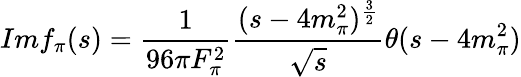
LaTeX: Imf_{\pi}(s)={\frac{1}{96\pi F_{\pi}^{2}}}{\frac{(s-4m_{\pi}^{2})^{\frac{3}{2}}}{\sqrt{s}}}\theta(s-4m_{\pi}^{2})